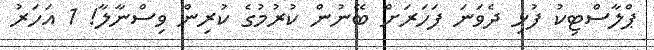
ޕްލާސްޓިކު ފުޅި ދެވަނަ ފަހަރަށް ބޭނުން ކުރުމުގެ ކުރިން ވިސްނާލާ! 1 އަހަރު